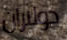
دولاران